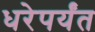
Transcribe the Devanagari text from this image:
धरेपर्यंत